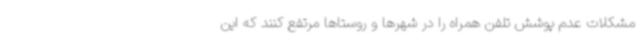
مشکلات عدم پوشش تلفن همراه را در شهرها و روستاها مرتفع کنند که این